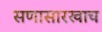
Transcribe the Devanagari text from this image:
सणासारखाच